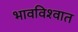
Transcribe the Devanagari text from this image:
भावविश्‍वात